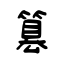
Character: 篡